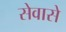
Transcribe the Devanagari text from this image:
सेवासे